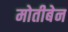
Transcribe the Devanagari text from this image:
मोतीबेन